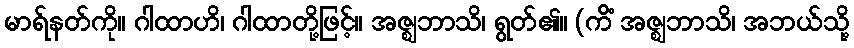
မာရ်နတ်ကို။ ဂါထာဟိ၊ ဂါထာတို့ဖြင့်။ အဇ္ဈဘာသိ၊ ရွတ်၏။ (ကိံ အဇ္ဈဘာသိ၊ အဘယ်သို့